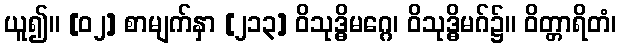
ယူ၍။ [၀၂] စာမျက်နှာ [၂၁၃] ဝိသုဒ္ဓိမဂ္ဂေ၊ ဝိသုဒ္ဓိမဂ်၌။ ဝိတ္တာရိတံ၊